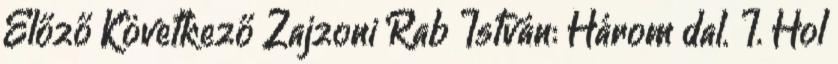
Előző Következő Zajzoni Rab István: Három dal. I. Hol